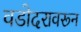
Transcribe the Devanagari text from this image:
वडोदरावरून